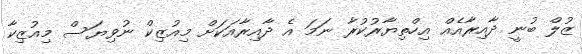
ޒުލް ބުނީ ދާއިރާއެއް އިހްތިޔާރުކުރާ ނަމަ އެ ދާއިރާއަކަށް މިއުޒިކް ނުވިޔަސް މިއުޒިކާ